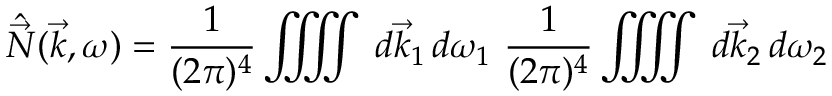
\hat { \vec { N } } ( \vec { k } , \omega ) = \frac { 1 } { ( 2 \pi ) ^ { 4 } } \iiiint \, d \vec { k } _ { 1 } \, d \omega _ { 1 } \, \, \frac { 1 } { ( 2 \pi ) ^ { 4 } } \iiiint \, d \vec { k } _ { 2 } \, d \omega _ { 2 }